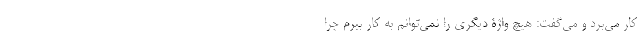
کار می‌بُرد و می‌گفت: هیچ واژۀ دیگری را نمی‌توانم به کار ببرم چرا